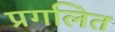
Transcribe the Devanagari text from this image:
प्रगलित